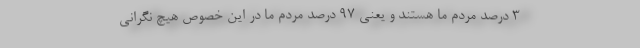
3 درصد مردم ما هستند و یعنی 97 درصد مردم ما در این خصوص هیچ نگرانی